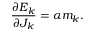
\frac { \partial E _ { k } } { \partial J _ { k } } = \alpha m _ { k } .